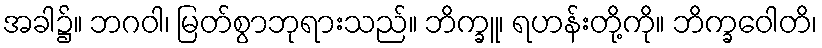
အခါ၌။ ဘဂဝါ၊ မြတ်စွာဘုရားသည်။ ဘိက္ခူ၊ ရဟန်းတို့ကို။ ဘိက္ခဝေါတိ၊